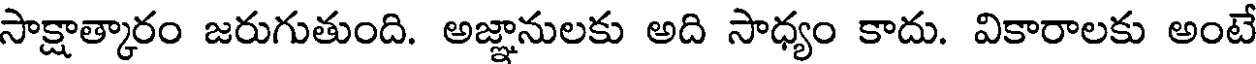
సాక్షాత్కారం జరుగుతుంది. అజ్ఞానులకు అది సాధ్యం కాదు. వికారాలకు అంటే